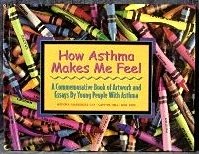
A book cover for How Asthma Makes Me Feel : A Commemorative Book of Artwork and Essays By Young People with Asthma; Health, Fitness & Dieting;